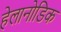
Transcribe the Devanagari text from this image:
हेलानोडिक